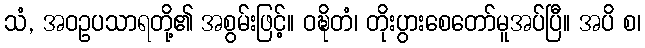
သံ, အဝဥပသာရတို့၏ အစွမ်းဖြင့်။ ဝဍ္ဎိတံ၊ တိုးပွားစေတော်မူအပ်ပြီ။ အပိ စ၊